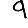
Digit: 9